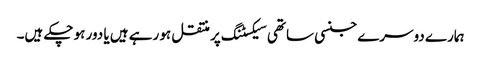
ہمارے دوسرے جنسی ساتھی سیکسٹنگ پر منتقل ہو رہے ہیں یا دور ہو چکے ہیں۔